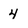
Character: 4